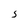
Character: s